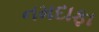
નમદાફા